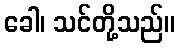
ခေါ၊ သင်တို့သည်။